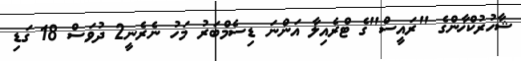
ޝާހުރުކްޚާންގެ "ރައީސް"ގެ ޓްރެއިލާ އަންނަ ޑިސެމްބަރު މަހު ނެރެނީ2 ދުވަސް 18 ގަޑި